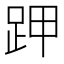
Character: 𧿵